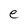
Character: e